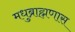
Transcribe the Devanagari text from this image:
मधुब्राह्मणास